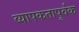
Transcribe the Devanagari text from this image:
व्यापकतापूर्वक